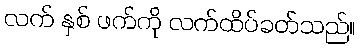
လက် နှစ် ဖက်ကို လက်ထိပ်ခတ်သည်။